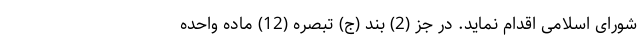
شورای اسلامی اقدام نماید. در جز (2) بند (ج) تبصره (12) ماده واحده